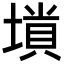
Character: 𡏶